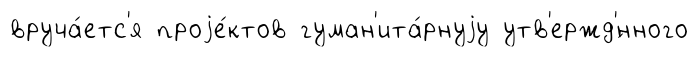
вруча́етс'я проjе́ктов гуман'ита́рнуjу утв'ержд'́нного